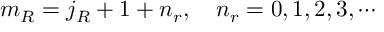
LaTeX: m _ { R } = j _ { R } + 1 + n _ { r } , \quad n _ { r } = 0 , 1 , 2 , 3 , \cdots